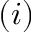
( i )